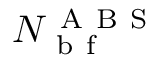
N _ { \mathrm { ~ b ~ f ~ } } ^ { \mathrm { ~ A ~ B ~ S ~ } }